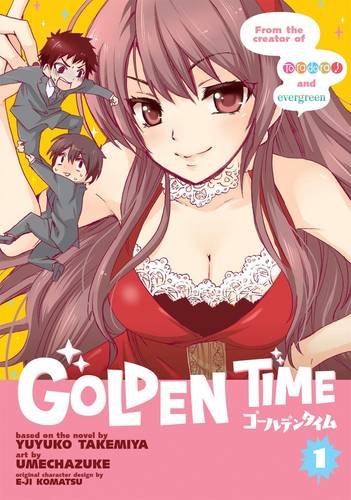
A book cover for Golden Time, Vol. 1; Yuyuko Takemiya; Comics & Graphic Novels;